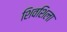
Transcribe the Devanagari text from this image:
शिवशिला